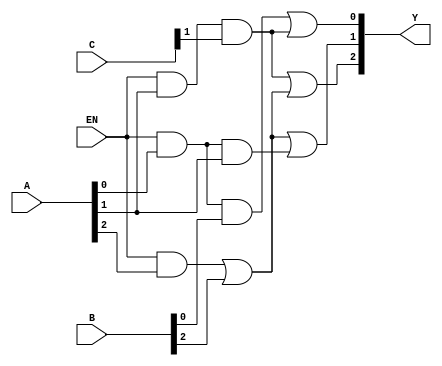
module MaskedPAL (
    input wire [2:0] A,        // Input signals (e.g., A[2:0] for 3 inputs)
    input wire [2:0] B,        // Additional input signals (if needed)
    input wire [2:0] C,        // Additional input signals (if needed)
    input wire EN,             // Enable signal
    output wire [2:0] Y        // Output signals (e.g., Y[2:0] for 3 outputs)
);

// Define the number of AND gates and their connections
parameter NUM_AND_GATES = 4;
parameter NUM_OUTPUTS = 3;

// Internal wires for AND gate outputs
wire [NUM_AND_GATES-1:0] and_out;

// Programmable AND array
// Connections are masked (hardcoded for this example)
assign and_out[0] = EN & A[0] & B[0]; // AND gate 1: A0 AND B0
assign and_out[1] = EN & A[1] & C[1]; // AND gate 2: A1 AND C1
assign and_out[2] = EN & A[2] | B[2]; // AND gate 3: A2 OR B2 (example of OR logic)
assign and_out[3] = EN & A[0] & A[1]; // AND gate 4: A0 AND A1

// Fixed OR array
// Each output can be a combination of AND gate outputs
assign Y[0] = and_out[0] | and_out[1]; // Output Y1: OR of AND gate 1 and 2
assign Y[1] = and_out[2] | and_out[3]; // Output Y2: OR of AND gate 3 and 4
assign Y[2] = and_out[1] | and_out[2]; // Output Y3: OR of AND gate 2 and 3

endmodule